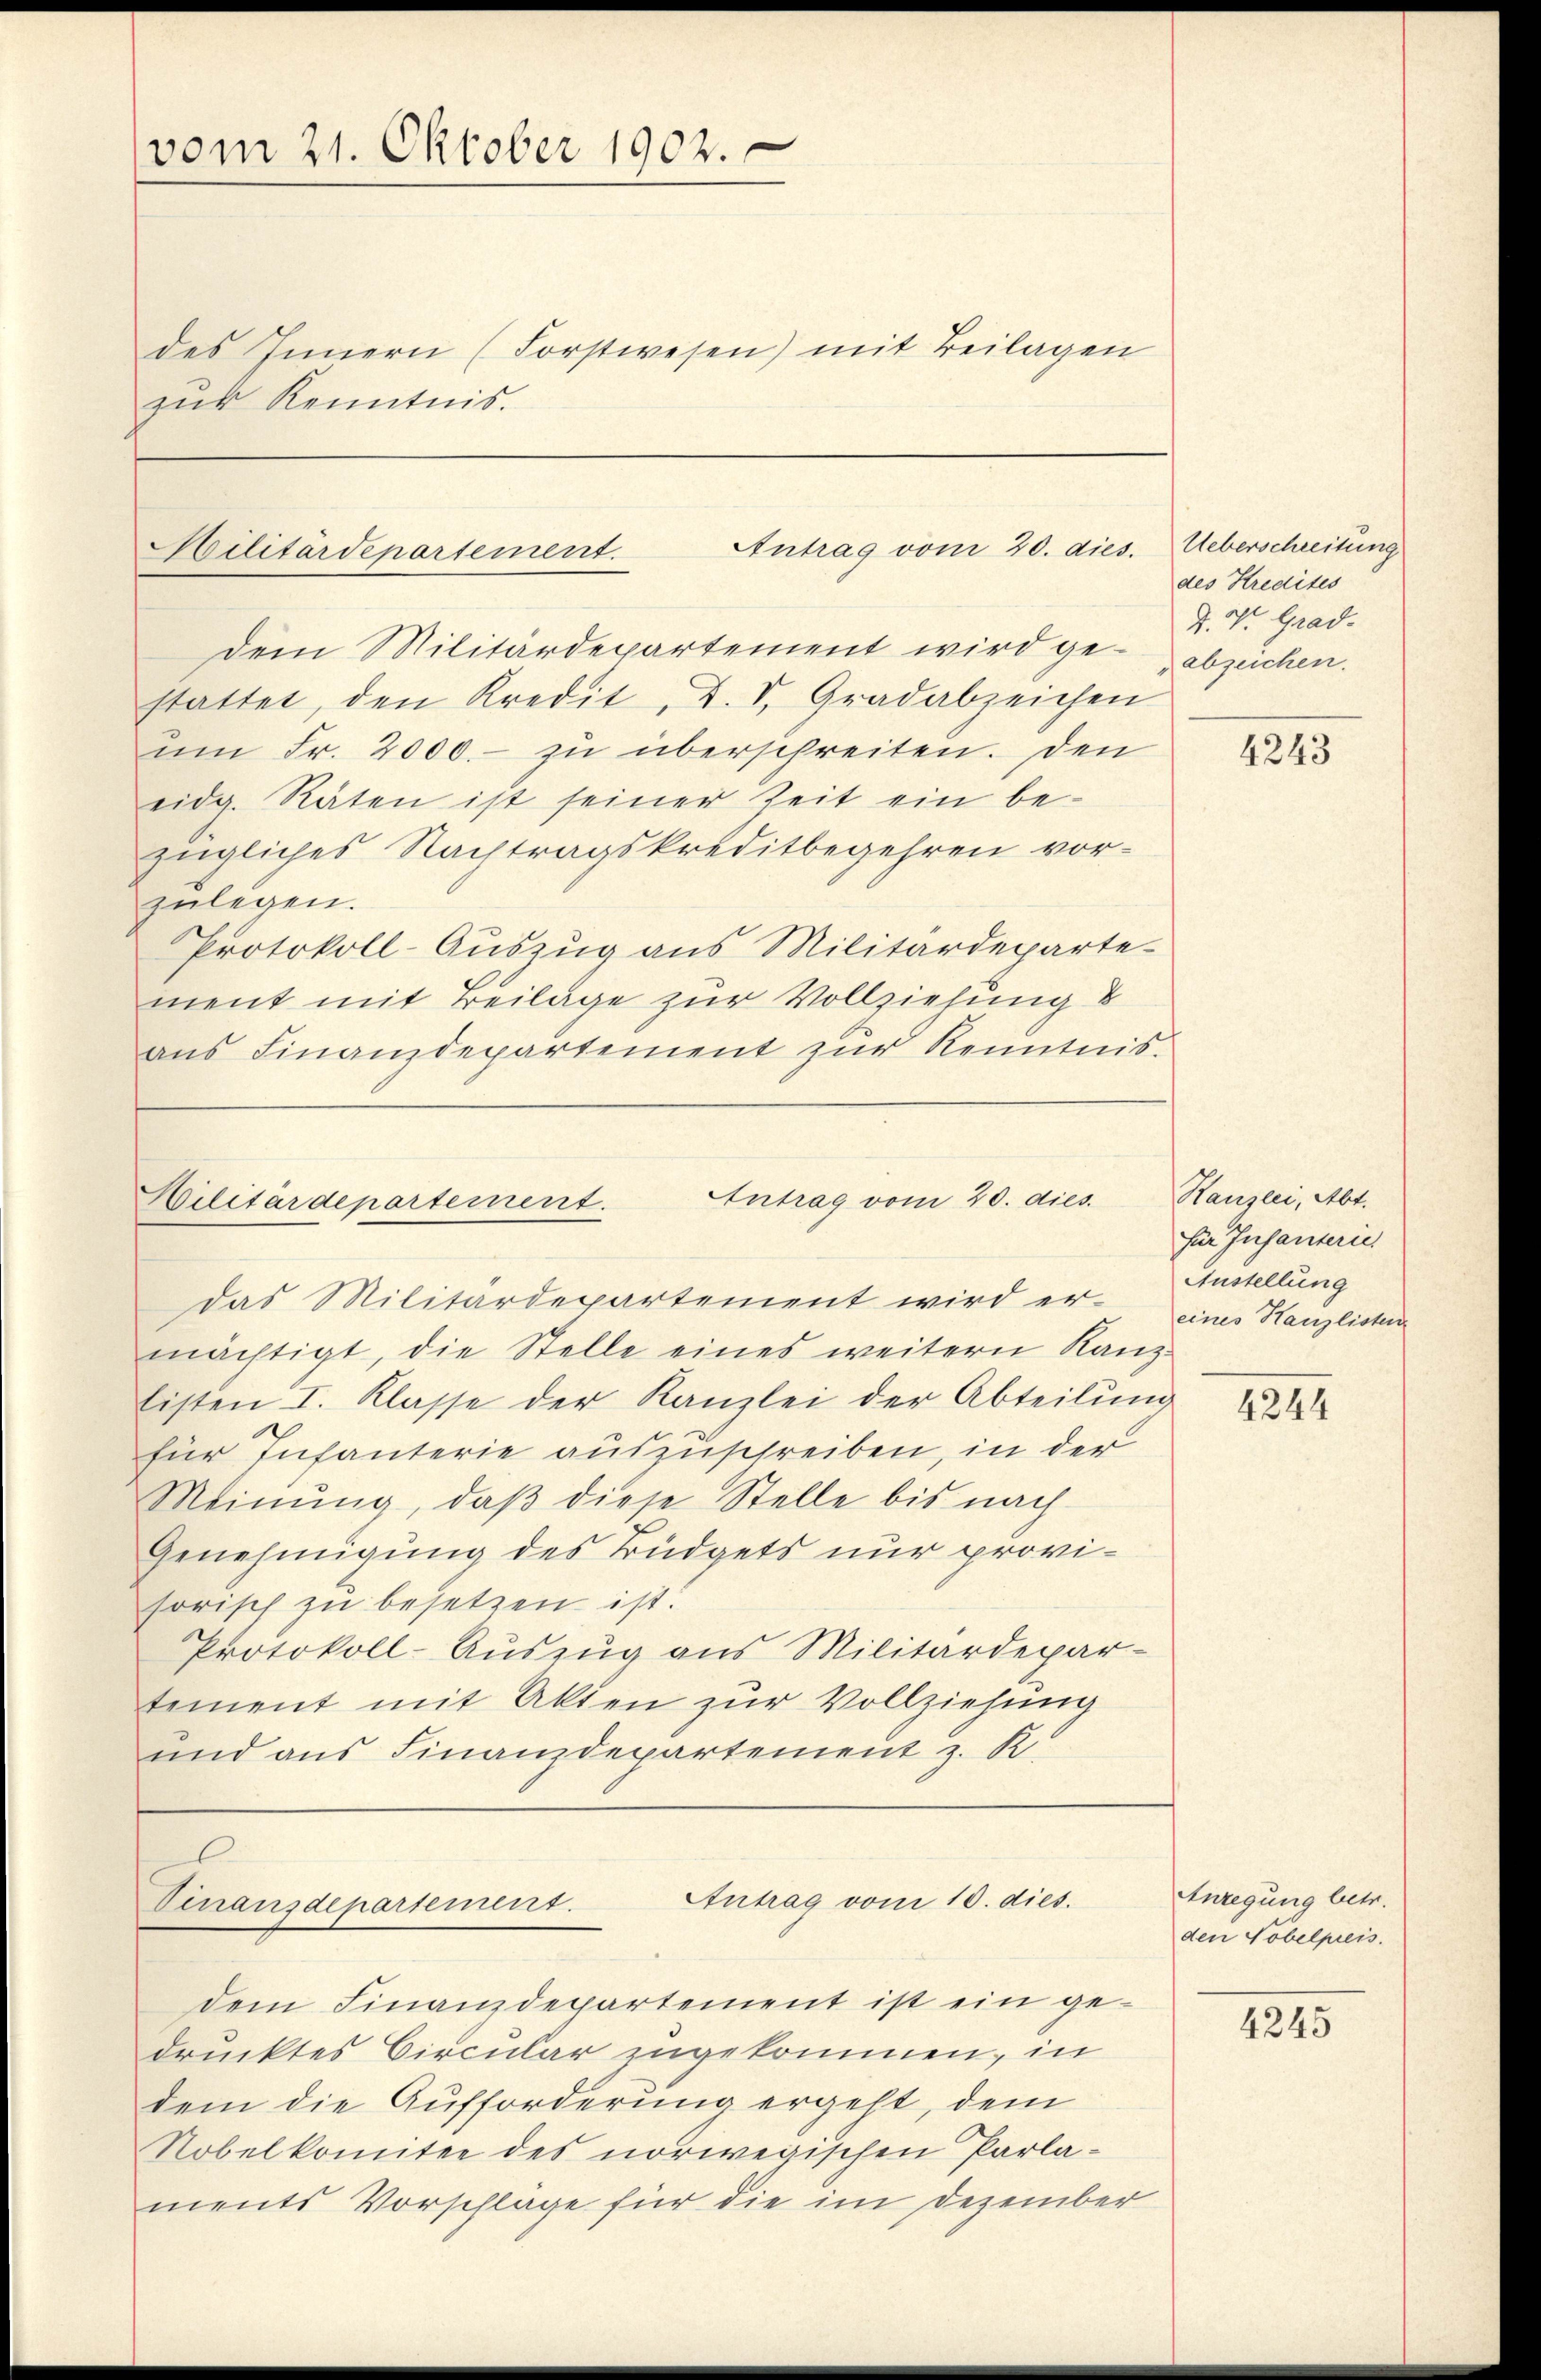
vom 21. Oktober 1902.

des Innern (Forstwesen) mit Beilagen
zŭr Kenntnis.

Militärdepartement. Antrag vom 20. dies.

dem Militärdepartement wird ge- abzeichen.
stattet, den Kredit, d. d. Gradabzeichen
ŭm Fr. 2000.- zŭ überschreiten. Den
eidg. Räten ist seiner Zeit ein bezügliches Nachtragskreditbegehren vorzŭlegen.
Protokoll-Auszug aus Militärdeparte-
ment mit Beilage zur Vollziehung d
ans Finanzdepartement zŭr Kenntnis.

Militärdepartement. Antrag vom 20. dies

das Militärdepartement wird ermächtigt, die Stelle eines weitern Kanz-
listen I. Klasse der Kanzlei der Abteilŭng
für Infanterie auszuschreiben, in der
Meinŭng, daβ diese Stelle bis nach
Genehmigung des Büdgets nur provisorisch zu besetzen ist.
Protokoll-Auszug aus Militärdepar-
tement mit Akten zur Vollziehung
und ans Finanzdepartement z. R.

Antrag vom 10. dies.
dinanzdepartement.

dem Finanzdepartement ist ein gedrucktes Circular zugekommen, in
dem die Aufforderung ergeht, dem
Nobel komitee des norwegischen Parlaments Vorschläge für die im Dezember

Ueberschreitung
des Kredites
d. V. Grad.

4243

Ranzlei, Abt.
für Infanterie
Austellung
eines Kanzlisten

4244

Anregung betr.
den Tobelpreis.

4245